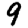
Digit: 9